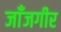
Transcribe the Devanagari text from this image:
जाँजगीर